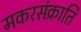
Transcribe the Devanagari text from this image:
मकरसंक्राति